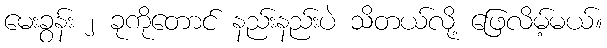
မေးခွန်း ၂ ခုကိုတောင် နည်းနည်းပဲ သိတယ်လို့ ဖြေလိမ့်မယ်။